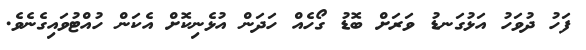
ފަހު ދުވަހު އަޅުގަނޑު ވަރަށް ބޮޑު ގޯހެއް ހަދަން އުޅެނިކޮށް އެކަން ހުއްޓުވައިގެނެވެ.